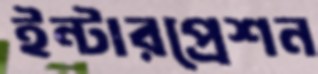
ইন্টারপ্রেশন